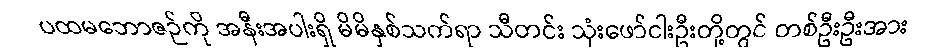
ပထမဘောဇဉ်ကို အနီးအပါးရှိ မိမိနှစ်သက်ရာ သီတင်း သုံးဖော်ငါးဦးတို့တွင် တစ်ဦးဦးအား